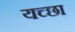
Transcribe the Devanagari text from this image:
यच्छा